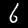
Label: 6